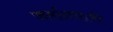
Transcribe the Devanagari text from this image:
जर्मानभाषी